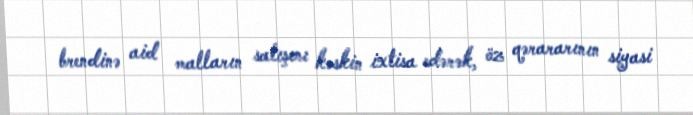
brendinə aid malların satışını kəskin ixtisa edərək, öz qərararının siyasi